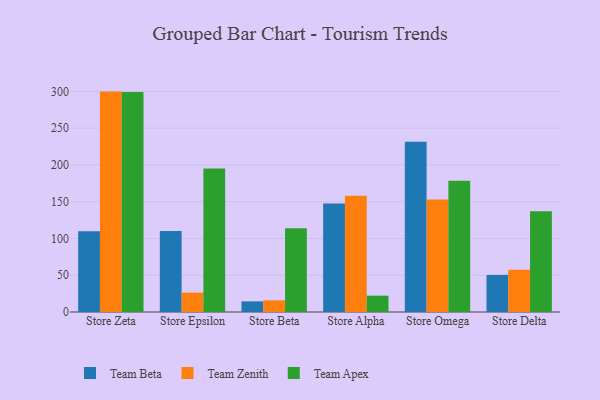
{"axis": {"x": "Store", "y": "Humidity (%)"}, "legend": ["Team Apex", "Team Beta", "Team Zenith"], "data": [{"x": "Store Zeta", "y": 109.9, "type": "Team Beta"}, {"x": "Store Zeta", "y": 299.7, "type": "Team Zenith"}, {"x": "Store Zeta", "y": 299.1, "type": "Team Apex"}, {"x": "Store Epsilon", "y": 110.0, "type": "Team Beta"}, {"x": "Store Epsilon", "y": 26.3, "type": "Team Zenith"}, {"x": "Store Epsilon", "y": 195.3, "type": "Team Apex"}, {"x": "Store Beta", "y": 14.5, "type": "Team Beta"}, {"x": "Store Beta", "y": 15.9, "type": "Team Zenith"}, {"x": "Store Beta", "y": 114.0, "type": "Team Apex"}, {"x": "Store Alpha", "y": 147.6, "type": "Team Beta"}, {"x": "Store Alpha", "y": 158.2, "type": "Team Zenith"}, {"x": "Store Alpha", "y": 22.2, "type": "Team Apex"}, {"x": "Store Omega", "y": 231.6, "type": "Team Beta"}, {"x": "Store Omega", "y": 153.0, "type": "Team Zenith"}, {"x": "Store Omega", "y": 178.4, "type": "Team Apex"}, {"x": "Store Delta", "y": 50.4, "type": "Team Beta"}, {"x": "Store Delta", "y": 57.3, "type": "Team Zenith"}, {"x": "Store Delta", "y": 137.0, "type": "Team Apex"}]}